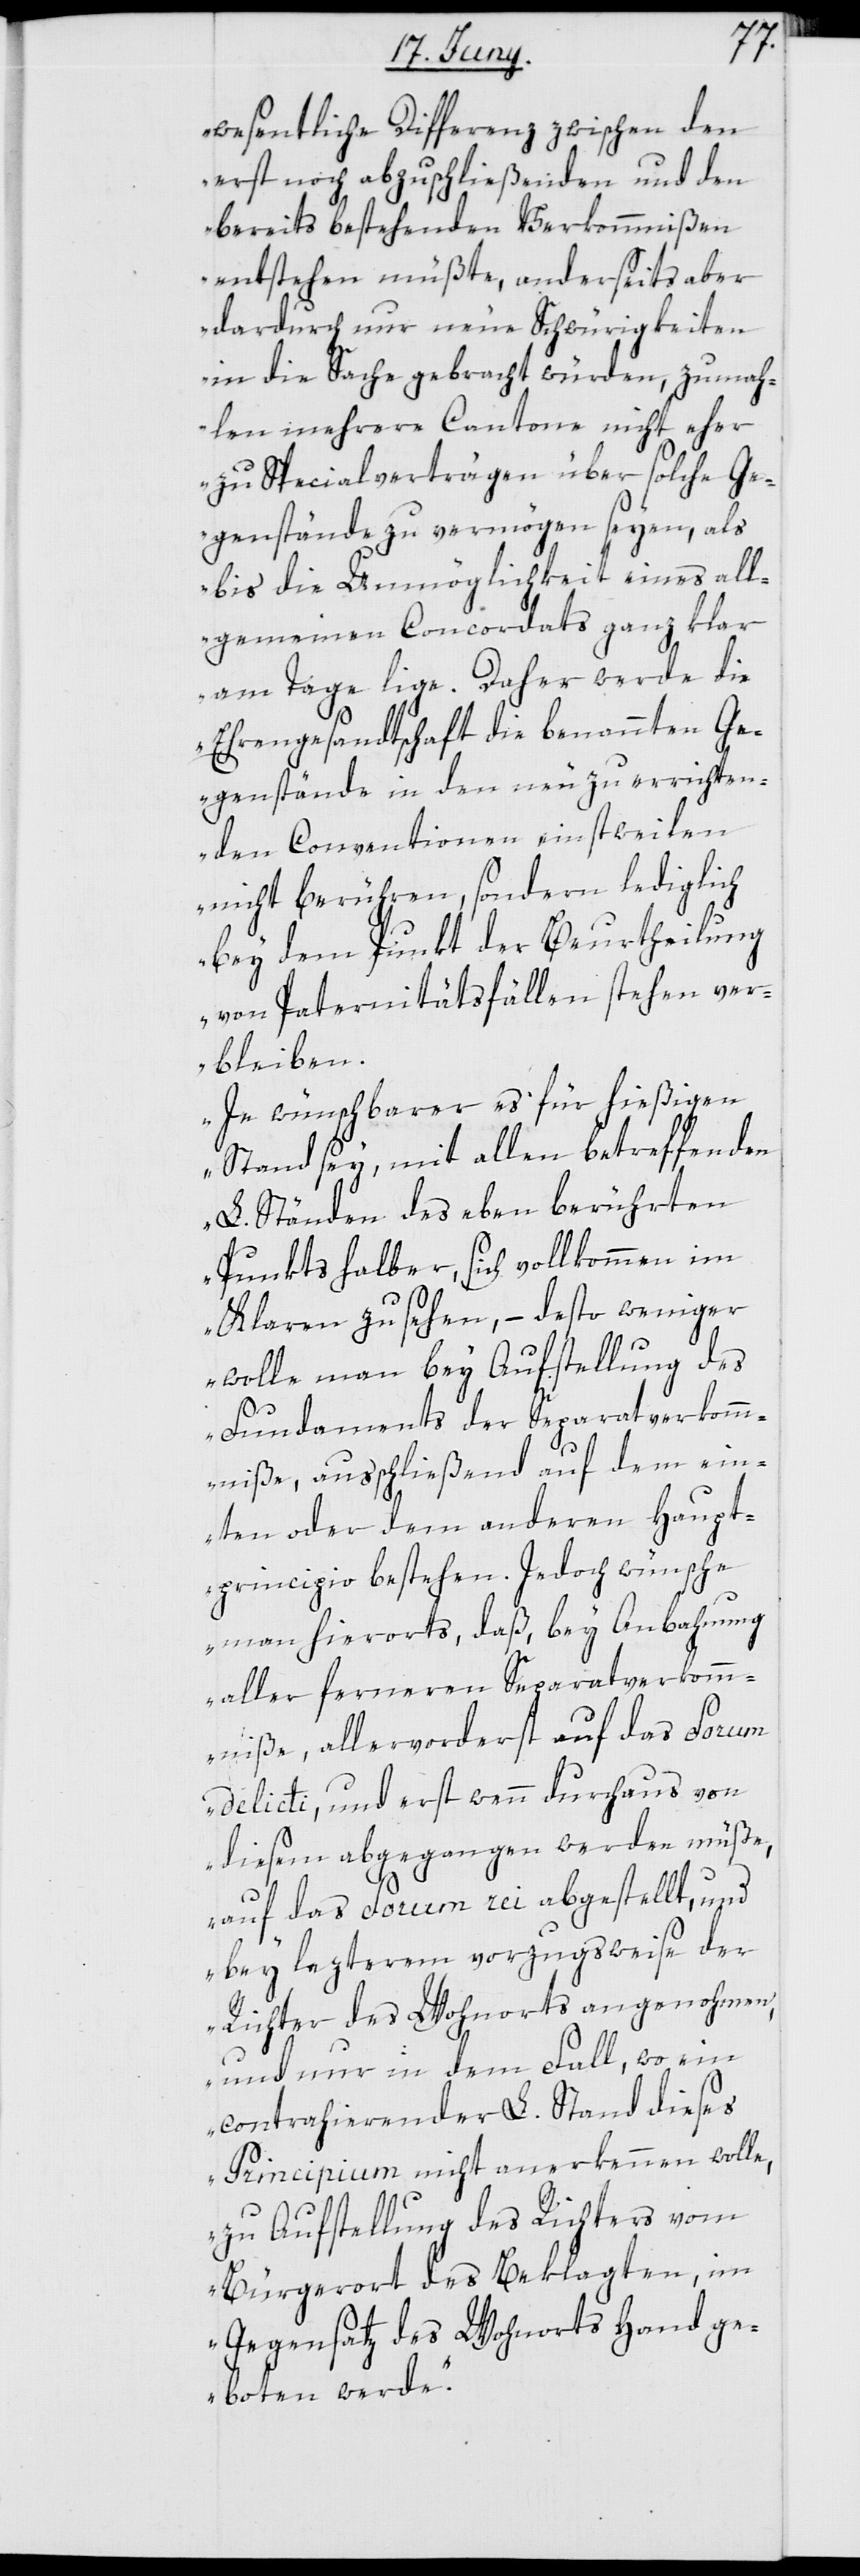
wesentliche Differenz zwischen den
erst noch abzuschließenden und den
bereits bestehenden Verkommnißen
entstehen müßte, anderseits aber
dardurch nur neue Schwürigkeiten
in die Sache gebracht würden, zumah¬
len mehrere Cantone nicht eher
zu Specialverträgen über solche Ge¬
genstände zu vermögen seyen, als
bis die Unmöglichkeit eines all¬
gemeinen Concordats ganz klar
am Tage lige. Daher werde die
Ehrengesandtschaft die benannten Ge¬
genstände in den neu zu errichten¬
den Conventionen einstweilen
nicht berühren, sondern lediglich
bey dem Punkt der Beurtheilung
von Paternitätsfällen stehen ver¬
bleiben.
Je wünschbarer es für hießigen
Stand sey, mit allen betreffenden
L. Ständen des eben berührten
Punkts halber, sich vollkommen im
Klaren zu sehen, – desto weniger
wolle man bey Aufstellung des
Fundaments der Separatverkomm¬
niße, ausschließend auf dem ein¬
ten oder dem anderen Haupt¬
principio bestehen. Jedoch wünsche
man hierorts, daß, bey Anbahnung
aller ferneren Separatverkom¬
mniße, allervorderst auf das Forum
delicti, und erst wenn durchhaus von
diesem abgegangen werden müße,
auf das Forum rei abgestellt, und
bey lezterem vorzugsweise der
Richter des Wohnorts angenohmen,
und nur in dem Fall, wo ein
contrahierender L. Stand dieses
Principium nicht anerkennen wolle,
zu Aufstellung des Richters vom
Bürgerort des Beklagten, im
Gegensatz des Wohnorts Hand ge¬
boten werde.“